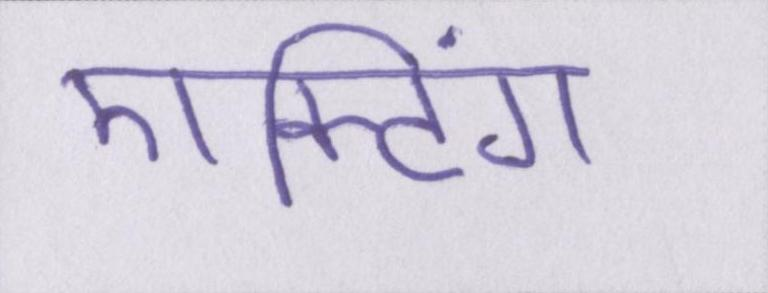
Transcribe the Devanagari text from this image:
एक्टिंग